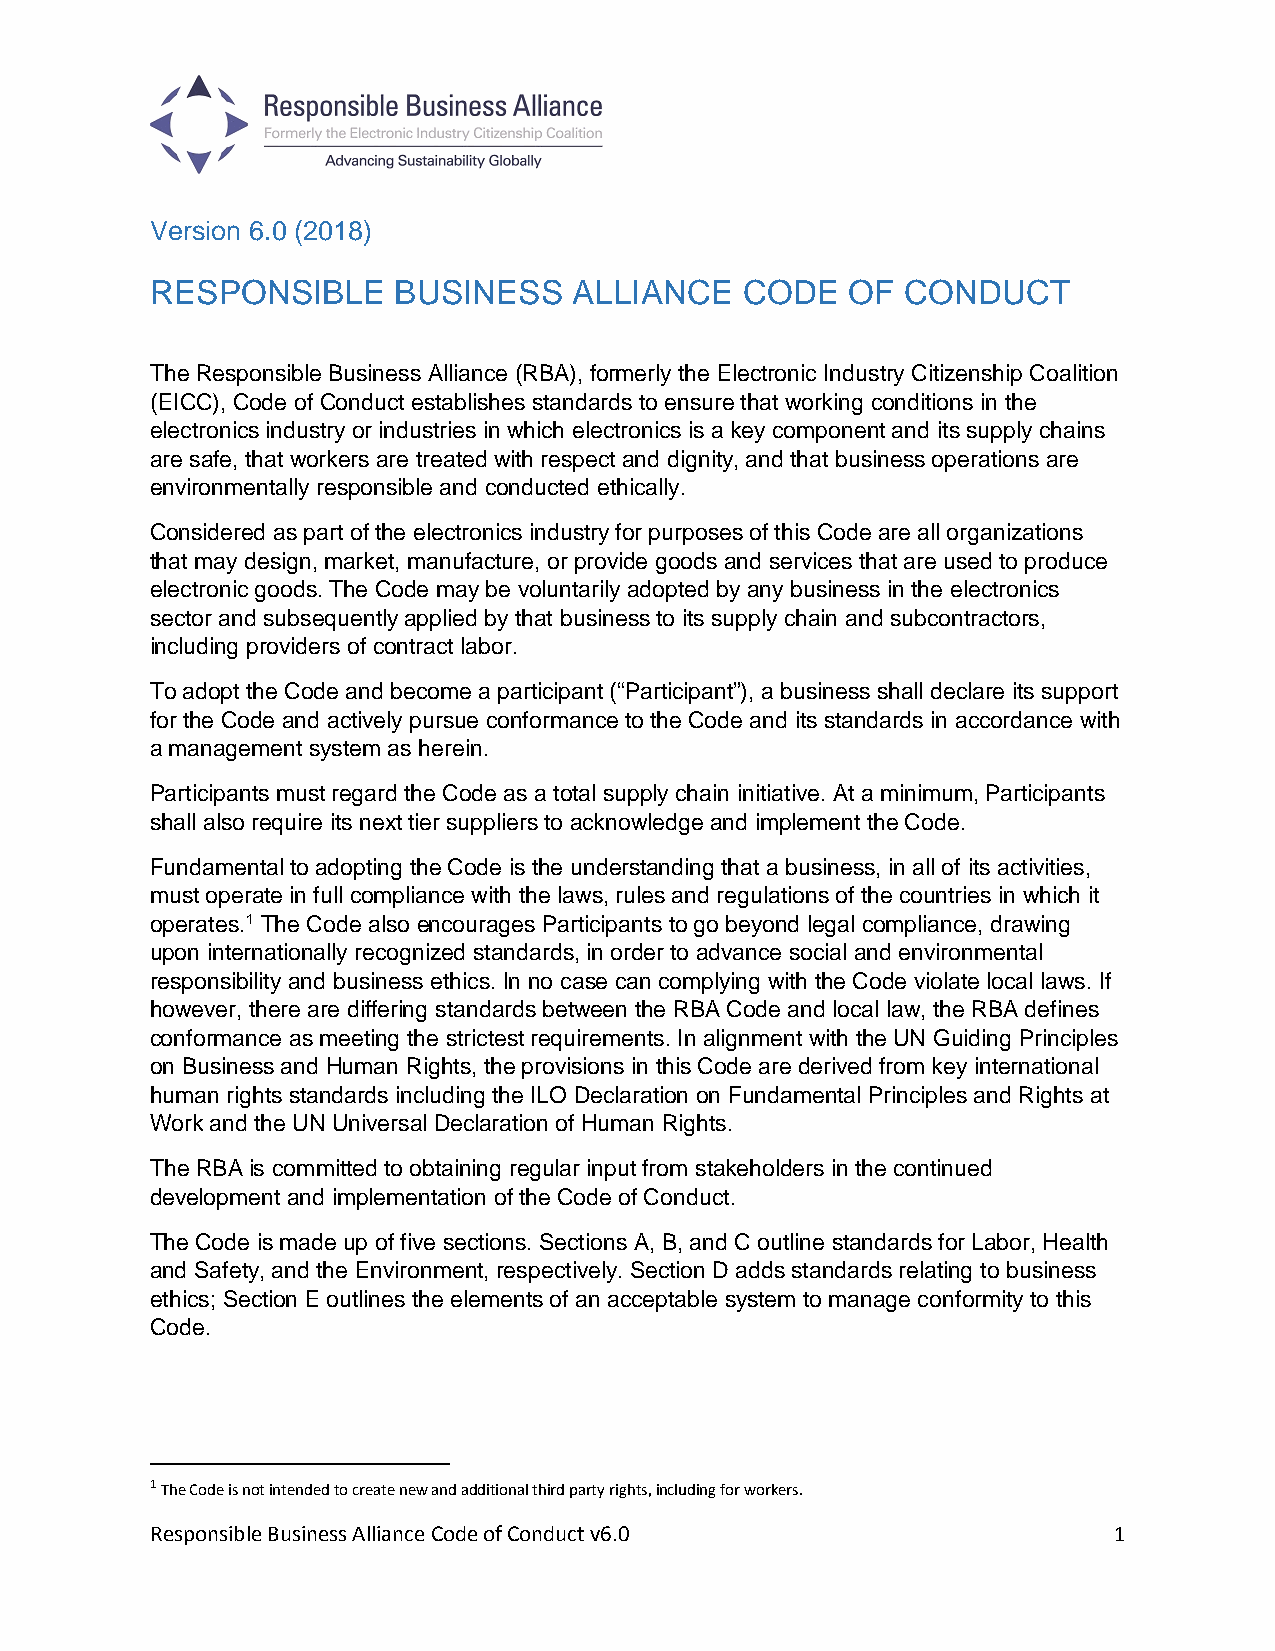
Version 6.0 (2018)
 RESPONSIBLE     BUSINESS    ALLIANCE   CODE   OF  CONDUCT
 The Responsible Business Alliance (RBA), formerly the Electronic Industry Citizenship Coalition
 (EICC), Code of Conduct establishes standards to ensure that working conditions in the
 electronics industry or industries in which electronics is a key component and its supply chains
 are safe, that workers are treated with respect and dignity, and that business operations are
 environmentally responsible and conducted ethically.
 Considered as part of the electronics industry for purposes of this Code are all organizations
 that may design, market, manufacture, or provide goods and services that are used to produce
 electronic goods. The Code may be voluntarily adopted by any business in the electronics
 sector and subsequently applied by that business to its supply chain and subcontractors,
 including providers of contract labor.
 To adopt the Code and become a participant (“Participant”), a business shall declare its support
 for the Code and actively pursue conformance to the Code and its standards in accordance with
 a management system as herein.
 Participants must regard the Code as a total supply chain initiative. At a minimum, Participants
 shall also require its next tier suppliers to acknowledge and implement the Code.
 Fundamental to adopting the Code is the understanding that a business, in all of its activities,
 must operate in full compliance with the laws, rules and regulations of the countries in which it
 operates.1 The Code also encourages Participants to go beyond legal compliance, drawing
 upon internationally recognized standards, in order to advance social and environmental
 responsibility and business ethics. In no case can complying with the Code violate local laws. If
 however, there are differing standards between the RBA Code and local law, the RBA defines
 conformance as meeting the strictest requirements. In alignment with the UN Guiding Principles
 on Business and Human Rights, the provisions in this Code are derived from key international
 human rights standards including the ILO Declaration on Fundamental Principles and Rights at
 Work and the UN Universal Declaration of Human Rights.
 The RBA is committed to obtaining regular input from stakeholders in the continued
 development and implementation of the Code of Conduct.
 The Code is made up of five sections. Sections A, B, and C outline standards for Labor, Health
 and Safety, and the Environment, respectively. Section D adds standards relating to business
 ethics; Section E outlines the elements of an acceptable system to manage conformity to this
 Code.
 1 The Code is not intended to create new and additional third party rights, including for workers.
 Responsible Business Alliance Code of Conduct v6.0              1